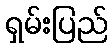
ရှမ်းပြည်